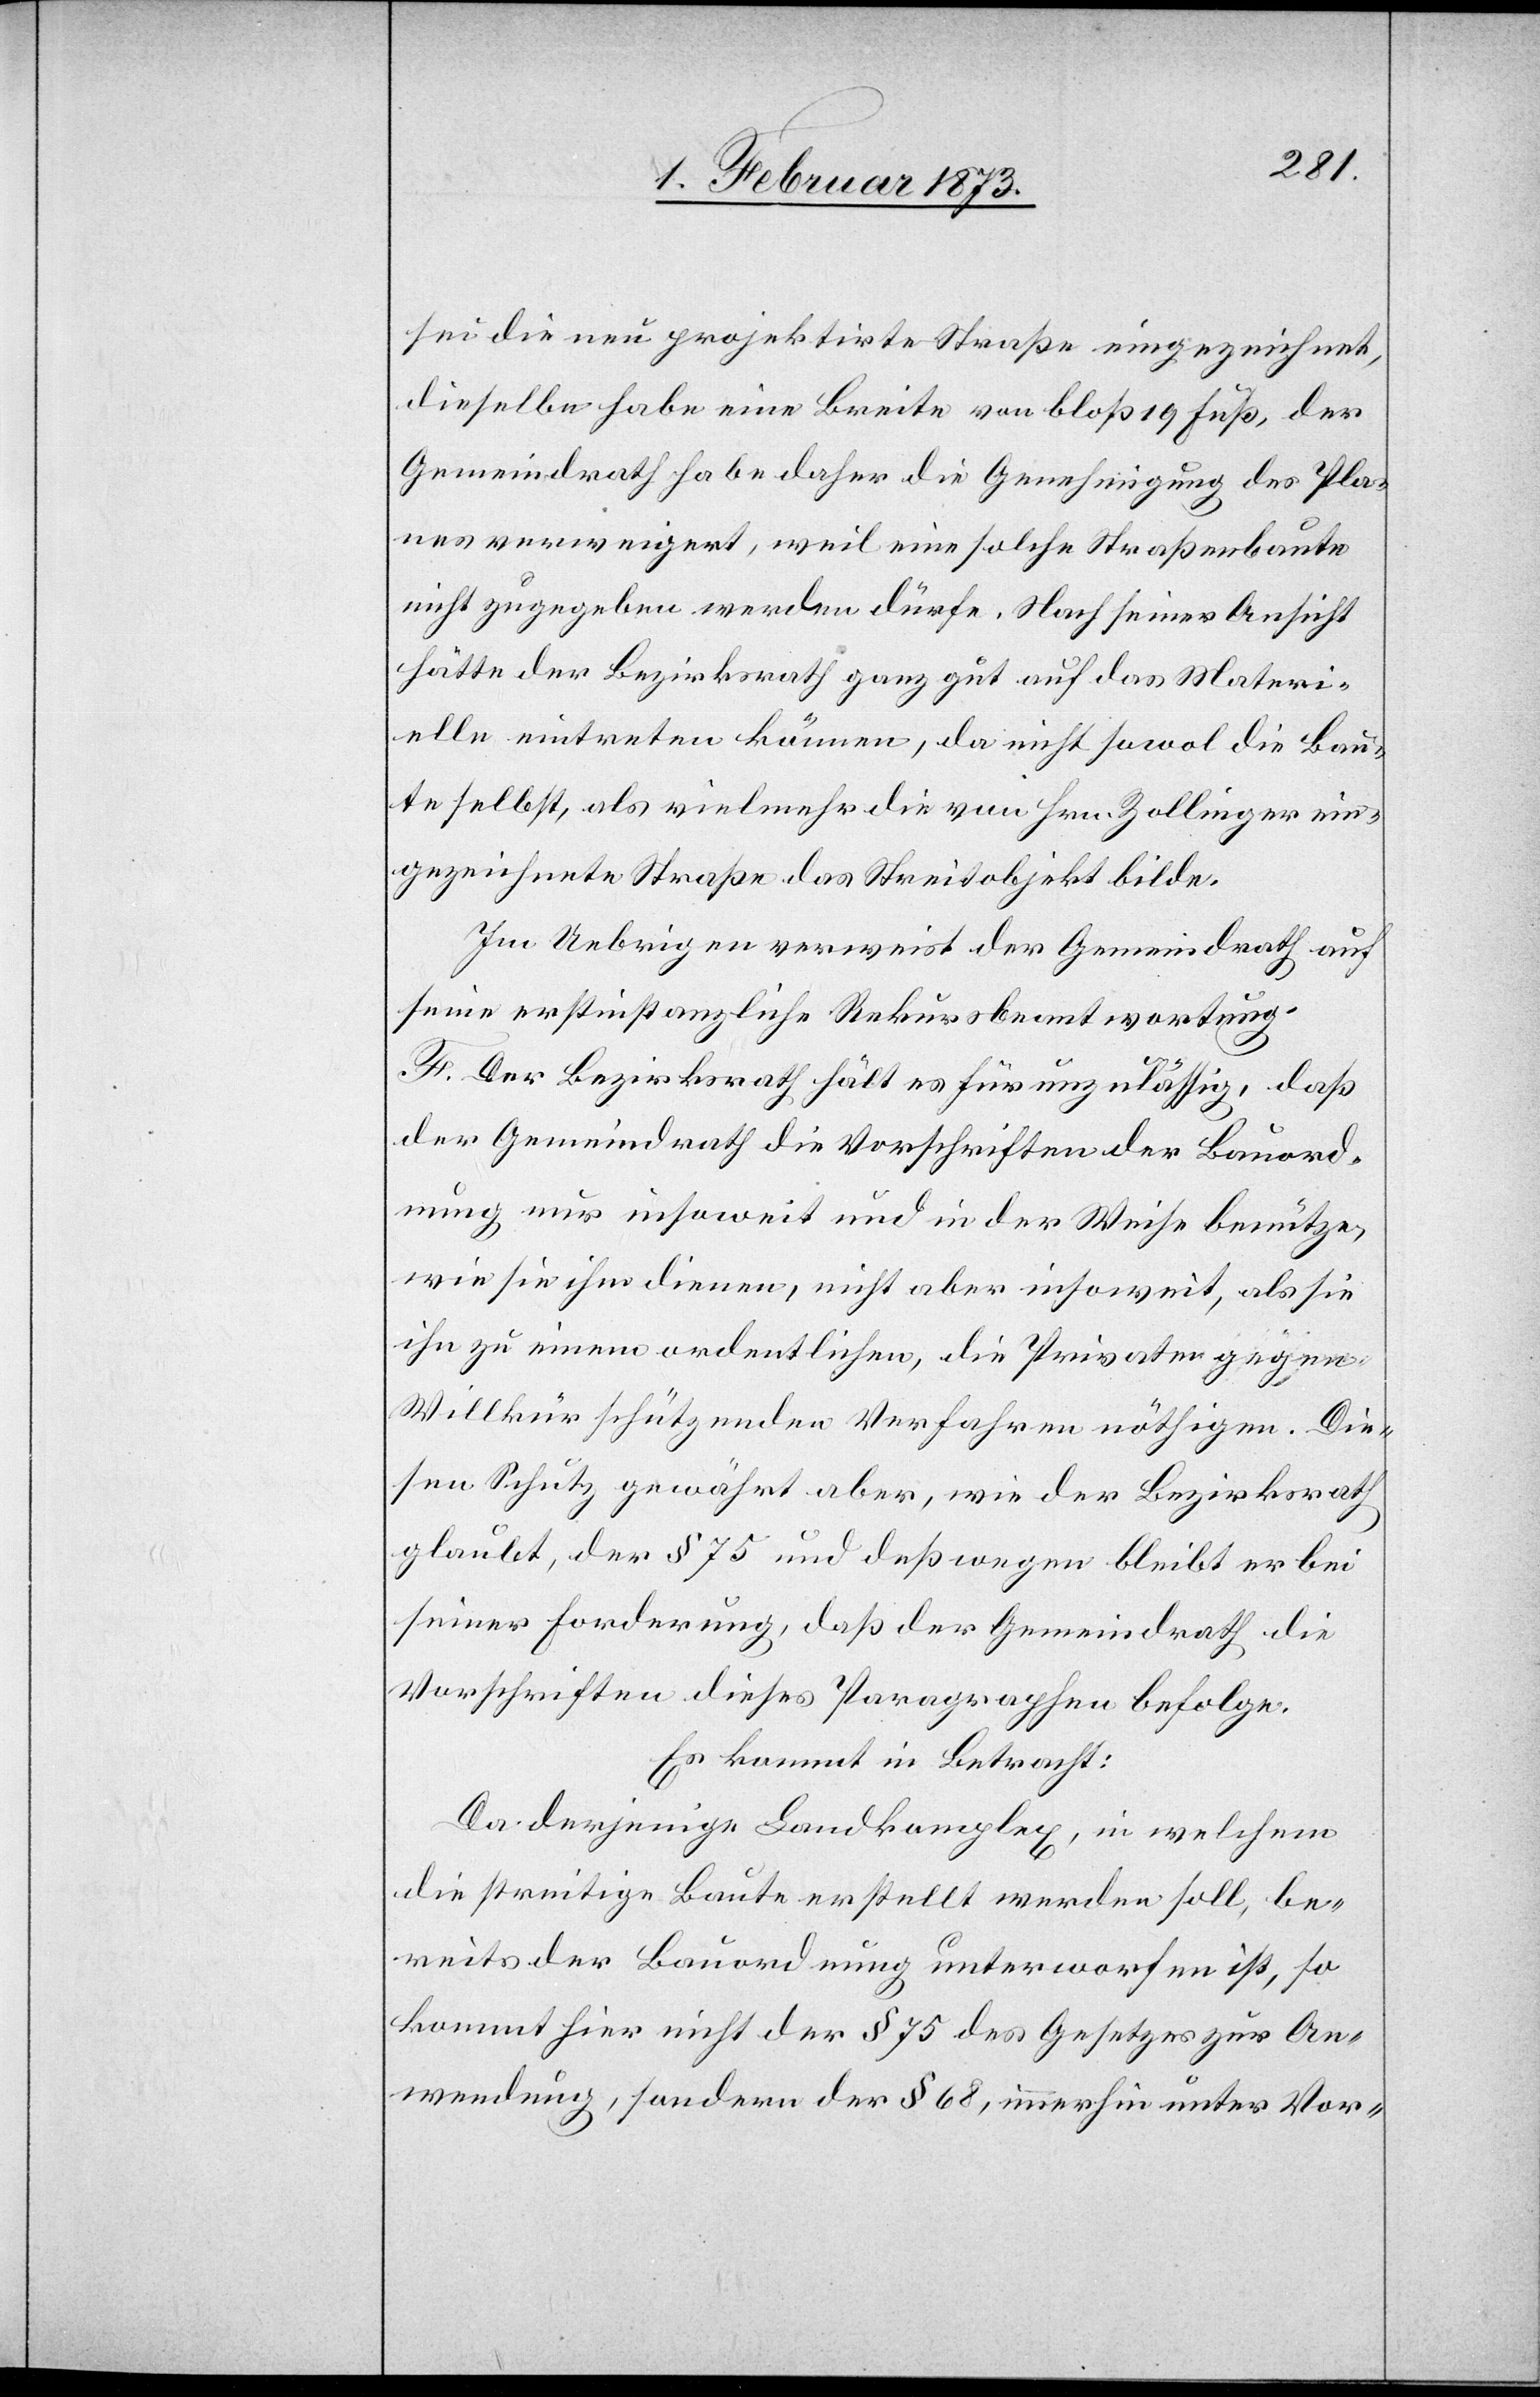
sei die neue projektirte Straße eingezeichnet,
dieselbe habe eine Breite von bloß 19 Fuß, der
Gemeindrath habe daher die Genehmigung des Pla¬
nes verweigert, weil eine solche Straßenbaute
nicht zugegeben werden dürfe. Nach seiner Ansicht
hätte der Bezirksrath ganz gut auf das Materi¬
elle eintreten können, da nicht sowol die Bau¬
te selbst, als vielmehr die von Hrn. Zollinger ein¬
gezeichnete Straße das Streitobjekt bilde.
Im Uebrigen verweist der Gemeindrath auf
seine erstinstanzliche Rekursbeantwortung.
F. Der Bezirksrath hält es für unzulässig, daß
der Gemeindrath die Vorschriften der Bauord¬
nung nur insoweit und in der Weise benütze,
wie sie ihm dienen, nicht aber insoweit, als sie
ihn zu einem ordentlichen, die Privaten gegen
Willkür schützenden Verfahren nöthige. Die¬
sen Schutz gewährt aber, wie der Bezirksrath
glaubt, der § 75 und deßwegen bleibt er bei
seiner Forderung, daß der Gemeindrath die
Vorschriften dieses Paragraphen befolge.
Es kommt in Betracht:
Da derjenige Landkomplex, in welchem
die streitige Baute erstellt werden soll, be¬
reits der Bauordnung unterworfen ist, so
kommt hier nicht der § 75 des Gesetzes zur An¬
wendung, sondern der § 68, immerhin unter Vor-